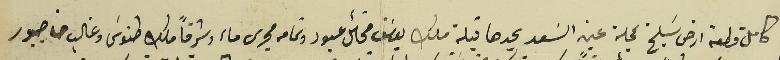
كامل قطعة ارض سَليخ بمحلة عين السَعد يحدها قبلة ملك يوسَف مخائل عبود وتمامه مجرى ماء وشرقاً ملك طنوسَ وغالب حنا جبور